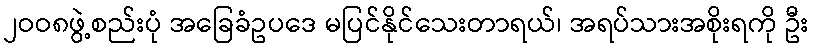
၂ဝဝ၈ဖွဲ့စည်းပုံ အခြေခံဥပဒေ မပြင်နိုင်သေးတာရယ်၊ အရပ်သားအစိုးရကို ဦး